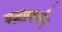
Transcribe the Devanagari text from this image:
यज्ञप्रवर्त्तन